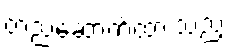
တည်ဆောက်ထားသည့်